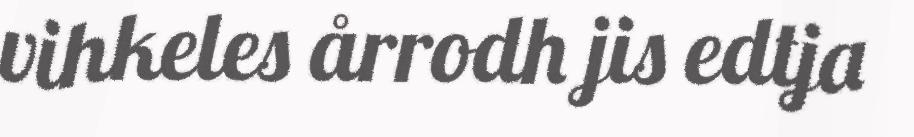
vihkeles årrodh jis edtja